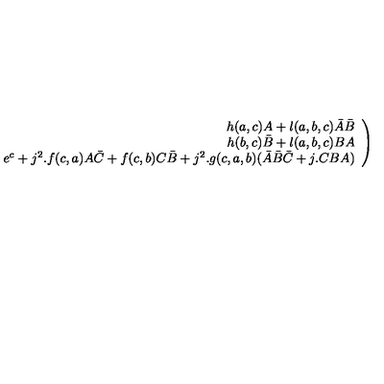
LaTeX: \left. \begin{array} { r } { h ( a , c ) A + l ( a , b , c ) \bar { A } \bar { B } } \\ { h ( b , c ) \bar { B } + l ( a , b , c ) B A } \\ { e ^ { c } + j ^ { 2 } . f ( c , a ) A \bar { C } + f ( c , b ) C \bar { B } + j ^ { 2 } . g ( c , a , b ) ( \bar { A } \bar { B } \bar { C } + j . C B A ) } \\ \end{array} \right)